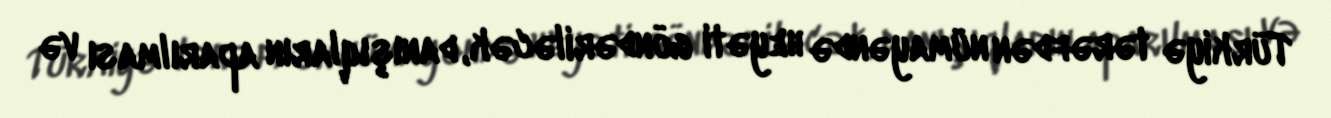
Türkiyə tərəfdən nümayəndə heyəti göndəriləcək, danışıqların aparılması və